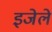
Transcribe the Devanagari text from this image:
इजेले